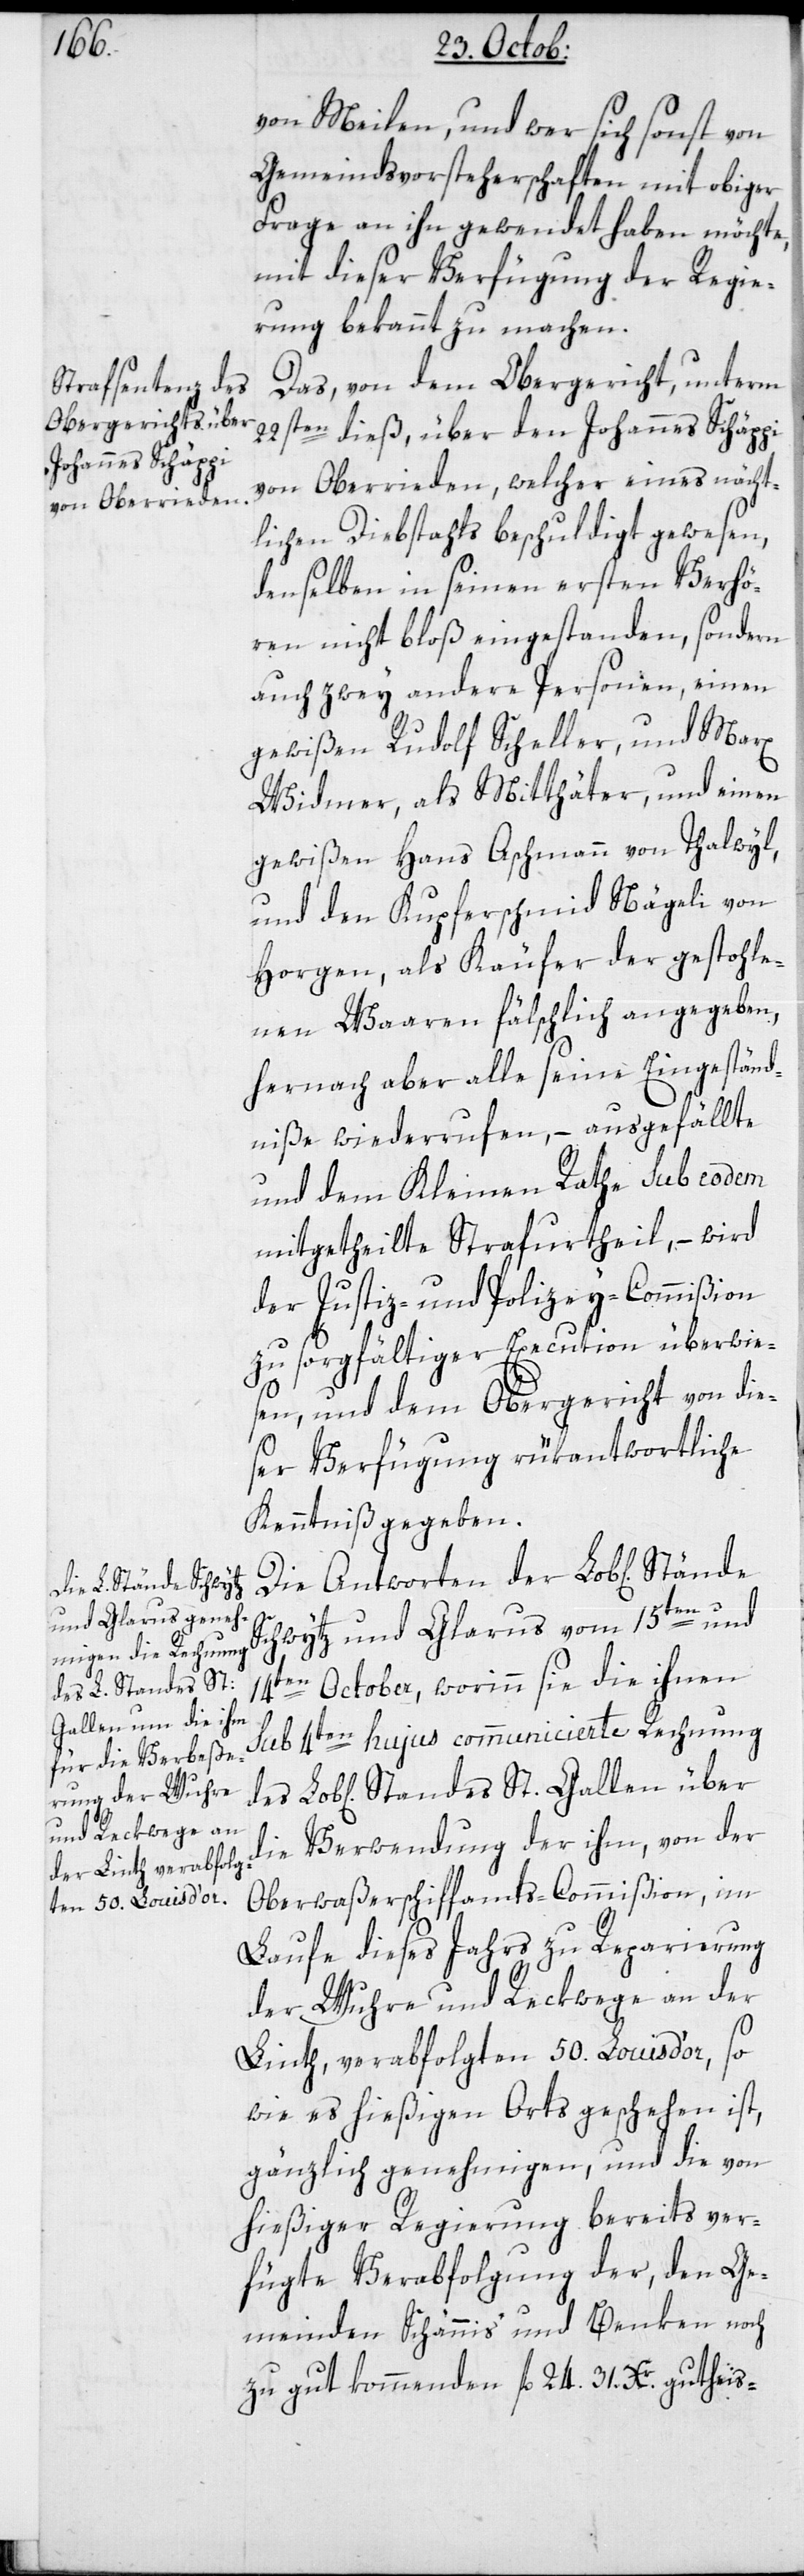
von Meilen, und wer sich sonst von
Gemeinds-Vorsteherschaften mit obiger
Frage an ihn gewendet haben möchte,
mit dieser Verfügung der Regie¬
rung bekannt zu machen.
Das von dem Obergericht unterm
22sten dieß über den Johannes Schäppi
von Oberrieden, welcher eines nächt¬
lichen Diebstahls beschuldigt gewesen,
denselben in seinen ersten Verhö¬
ren nicht bloß eingestanden, sondern
auch zwey andere Personen, einen
gewißen Rudolf Scheller, und Marx
Widmer, als Mitthäter, und einen
gewißen Hans Aschmann von Thalwyl,
und den Kupferschmid Nägeli von
Horgen, als Käufer der gestohle¬
nen Waaren fälschlich angegeben,
hernach aber alle seine Eingeständ¬
niße widerrufen, – ausgefällte
und dem Kleinen Rathe sub eodem
mitgetheilte Strafurtheil, – wird
der Justiz- und Polizey-Commißion
zu sorgfältiger Execution überwie¬
sen, und dem Obergericht von die¬
ser Verfügung rükantwortliche
Kenntniß gegeben.
Die Antworten der Lobl[ichen]
Schwytz und Glarus vom 15ten und
14ten October, worinn sie die ihnen
sub 4ten hujus communicierte Rechnung
die Verwendung der ihm, von der
Oberwaßerschiffamts-Commißion, im
Laufe dieses Jahres zu Reparierung
der Wuhre und Reckwege an der
Linth, verabfolgten 50. Louisd’or, so
wie es hießigen Orts geschehen ist,
gänzlich genehmigen, und die von
hießiger Regierung bereits ver¬
fügte Verabfolgung der, den Ge¬
meinden Schännis und Benken noch
zu gut kommenden fl. 4. 31. Xr. gutheis-